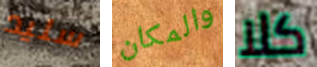
سليد والمكان كلا